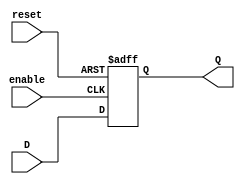
module d_latch (
    input wire D,
    input wire enable,
    input wire reset,
    output reg Q
);

always @ (posedge enable or negedge reset)
begin
    if (reset == 1'b0)
        Q <= 1'b0;
    else if (enable == 1'b1)
        Q <= D;
end

endmodule